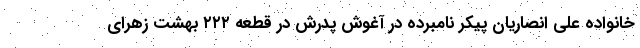
خانواده علی انصاریان پیکر نامبرده در آغوش پدرش در قطعه ٢٢٢ بهشت زهرای